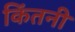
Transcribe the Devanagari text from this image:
किंतनी